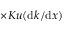
\times K u ( \mathrm { d } k / \mathrm { d } x )